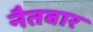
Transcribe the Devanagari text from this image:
नैतवार